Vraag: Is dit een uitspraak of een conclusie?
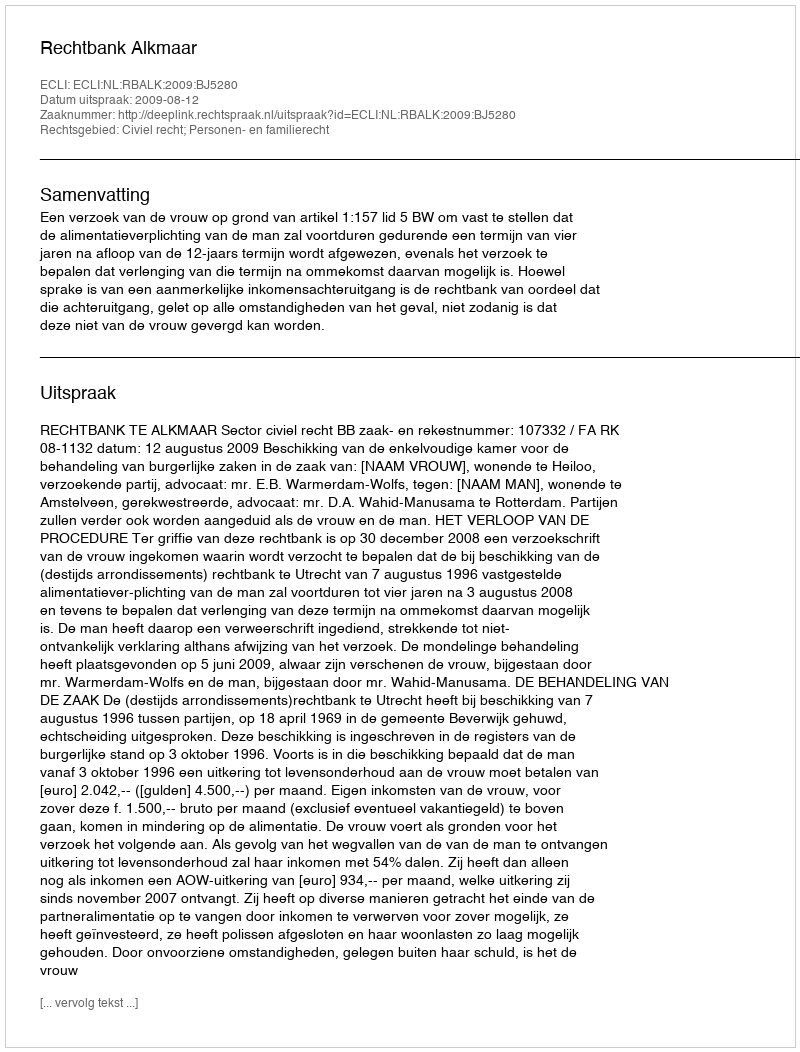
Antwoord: Uitspraak